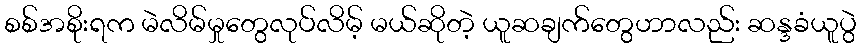
စစ်အစိုးရက မဲလိမ်မှုတွေလုပ်လိမ့် မယ်ဆိုတဲ့ ယူဆချက်တွေဟာလည်း ဆန္ဒခံယူပွဲ